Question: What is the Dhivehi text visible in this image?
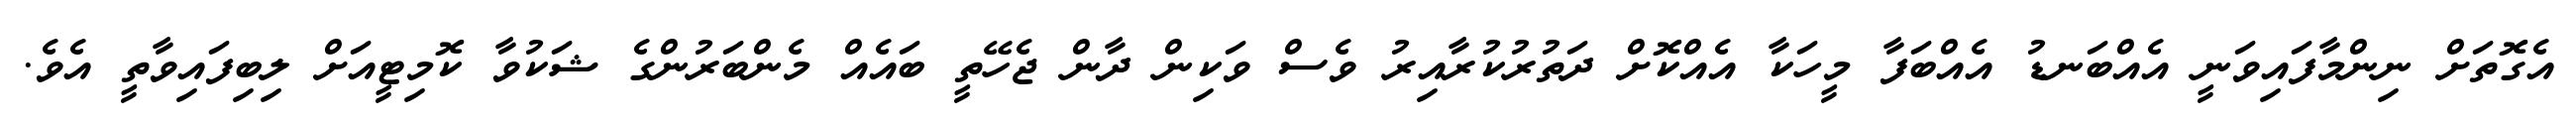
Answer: އެގޮތަށް ނިންމާފައިވަނީ އެއްބަނޑު އެއްބަފާ މީހަކާ އެއްކޮށް ދަތުރުކުރާއިރު ވެސް ވަކިން ދާން ޖެހޭތީ ބައެއް މެންބަރުންގެ ޝަކުވާ ކޮމިޓީއަށް ލިބިފައިވާތީ އެވެ.